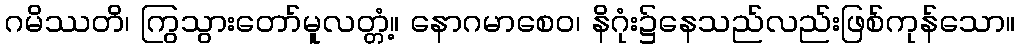
ဂမိဿတိ၊ ကြွသွားတော်မူလတ္တံ့။ နောဂမာစေဝ၊ နိဂုံး၌နေသည်လည်းဖြစ်ကုန်သော။